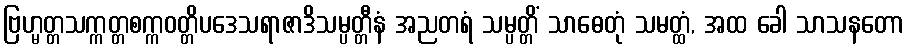
ဗြဟ္မတ္တသက္ကတ္တစက္ကဝတ္တိပဒေသရာဇာဒိသမ္ပတ္တီနံ အညတရံ သမ္ပတ္တိံ သာဓေတုံ သမတ္ထံ, အထ ခေါ သာသနတော